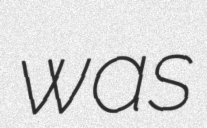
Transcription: was